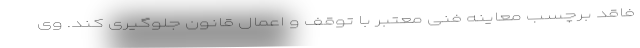
فاقد برچسب معاینه فنی معتبر با توقف و اعمال قانون جلوگیری کند. وی